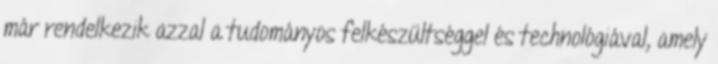
már rendelkezik azzal a tudományos felkészültséggel és technológiával, amely